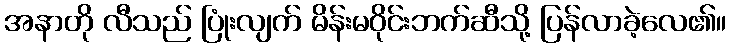
အနာတို လီသည် ပြုံးလျက် မိန်းမဝိုင်းဘက်ဆီသို့ ပြန်လာခဲ့လေ၏။